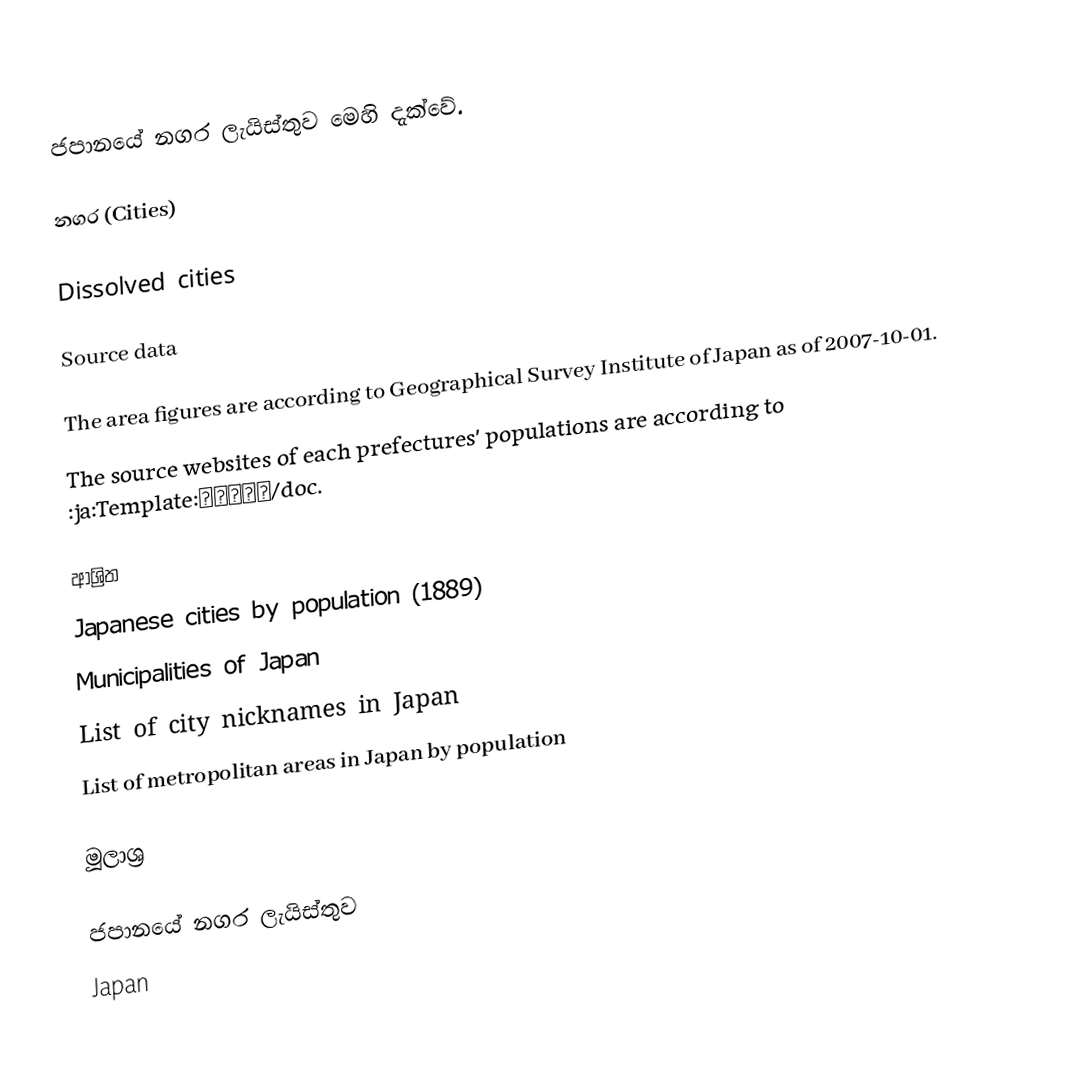
ජපානයේ නගර ලැයිස්තුව මෙහි දැක්වේ.

නගර (Cities)

Dissolved cities

Source data

 The area figures are according to Geographical Survey Institute of Japan as of 2007-10-01.
 The source websites of each prefectures' populations are according to :ja:Template:自治体人口/doc.

ආශ්‍රිත
 Japanese cities by population (1889)
 Municipalities of Japan
 List of city nicknames in Japan
 List of metropolitan areas in Japan by population

මූලාශ්‍ර

ජපානයේ නගර ලැයිස්තුව
Japan